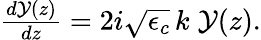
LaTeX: \begin{array}{r}{\frac{d\mathcal{Y}(z)}{dz}=2i\sqrt{\epsilon_{c}}\, k\; \mathcal{Y}(z).}\end{array}